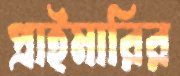
প্রাইমারির